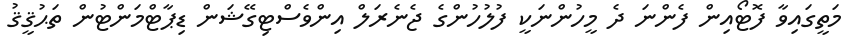
މަތީގައިވާ ފޮޓޯއިން ފެންނަ ދެ މީހުންނަކީ ފުލުހުންގެ ޖެނެރަލް އިންވެސްޓިގޭޝަން ޑިޕާޓްމަންޓުން ތަޙުޤީޤު